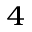
^ { 4 }